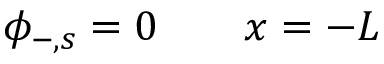
\phi _ { - , s } = 0 \qquad x = - L